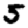
Digit: 5